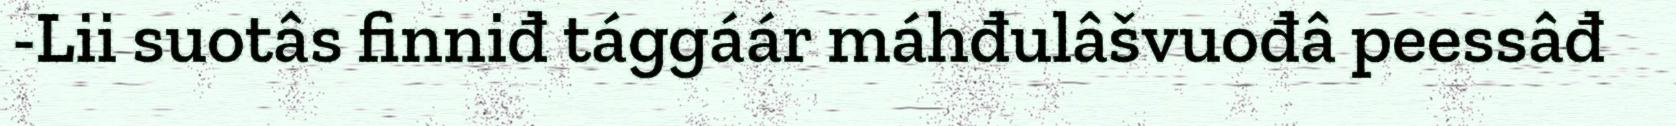
-Lii suotâs finniđ tággáár máhđulâšvuođâ peessâđ